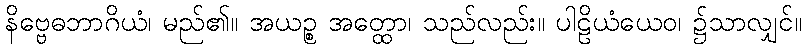
နိဗ္ဗေဓဘာဂိယံ၊ မည်၏။ အယဉ္စ အတ္ထော၊ သည်လည်း။ ပါဠိယံယေဝ၊ ၌သာလျှင်။